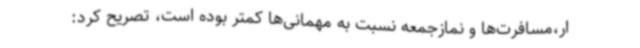
ار،مسافرت‌ها و نمازجمعه نسبت به مهمانی‌ها کمتر بوده است، تصریح کرد: